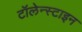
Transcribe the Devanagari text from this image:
टॉलेन्स्टाइन